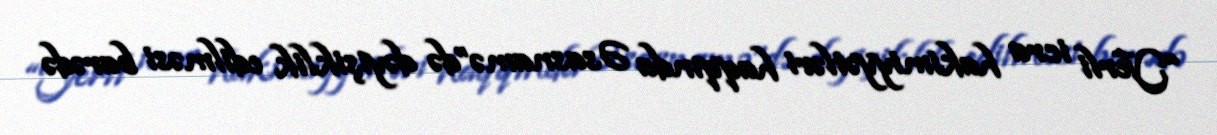
“Yerli icra hakimiyyətləri haqqında Əsasnamə”də dəyişiklik edilməsi barədə